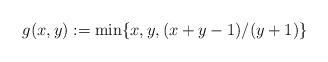
LaTeX: \begin{align*}g(x,y):= \min\{x,y,(x+y-1)/(y+1)\}\end{align*}